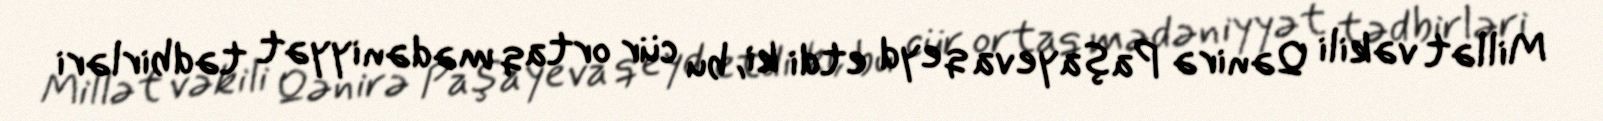
Millət vəkili Qənirə Paşayeva qeyd etdi ki, bu cür ortaq mədəniyyət tədbirləri